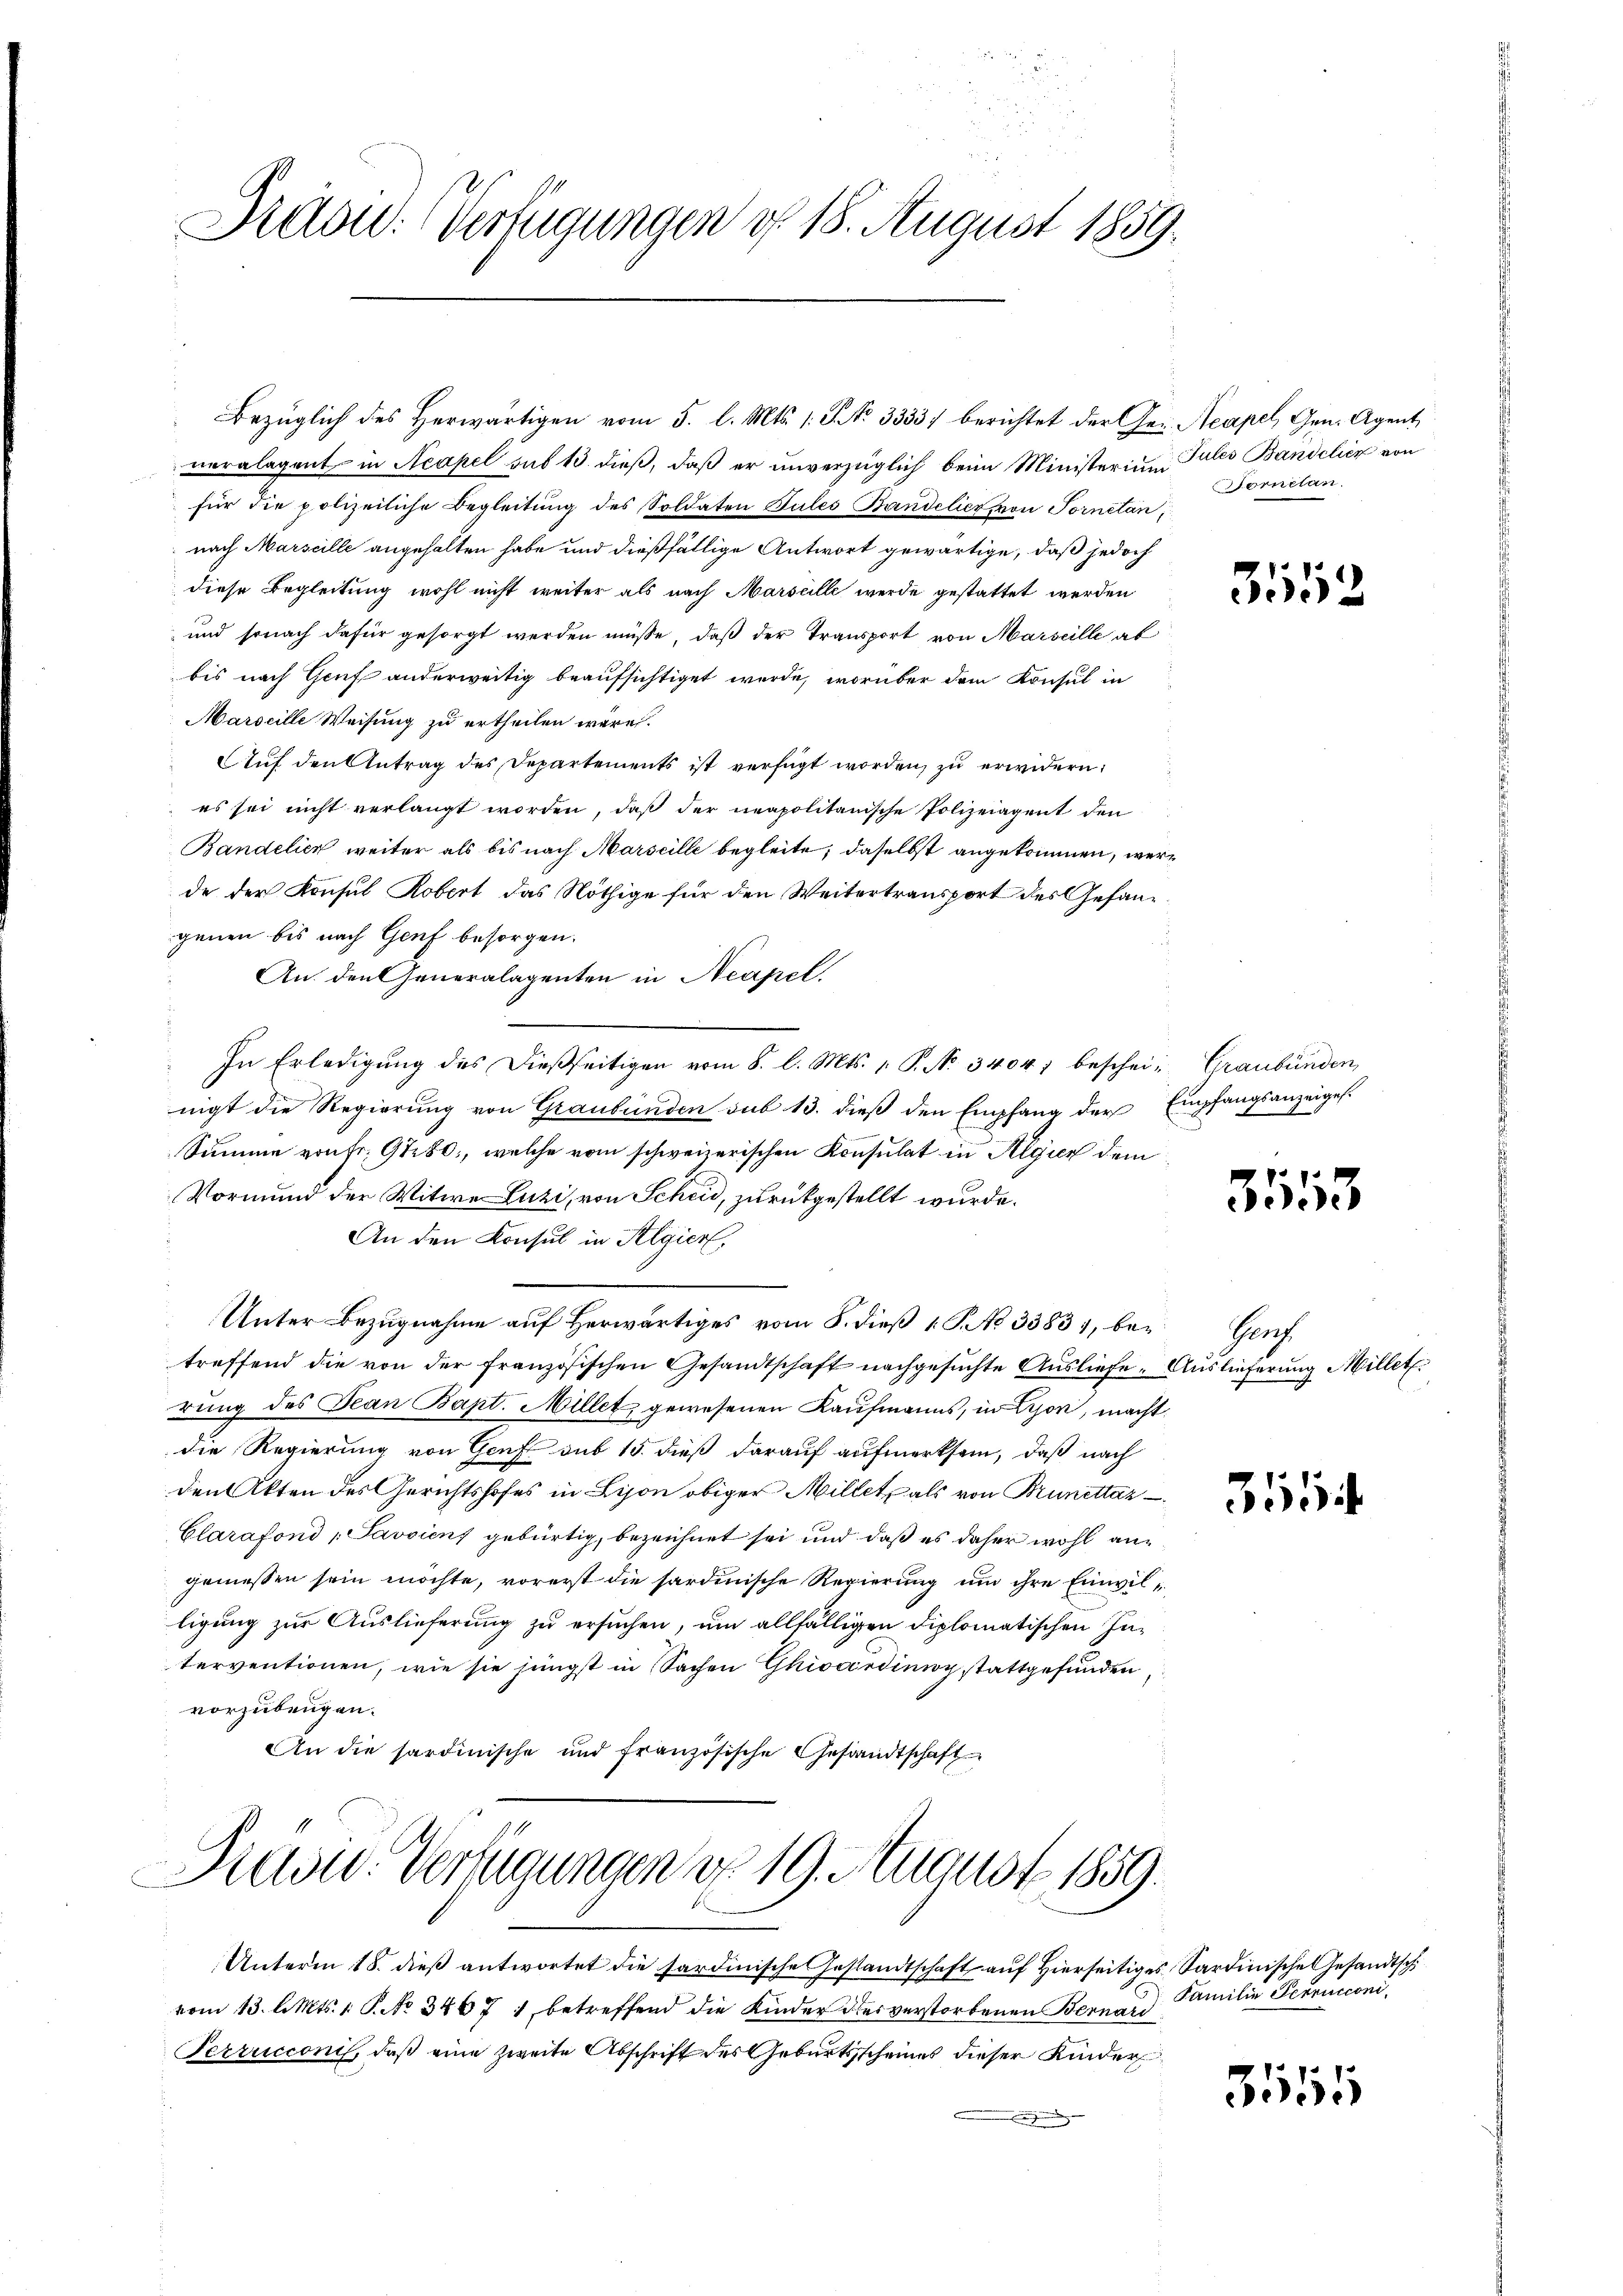
Rad: Verfügungen d. 18. August 1859.

veralagent in Neapel sub 15. dieß, daß er unverzüglich beim Ministerium Pules Bandelier von
für die polizeiliche Begleitŭng des Soldaten Pules Bandelict von Tornétan
nach Marscille angehalten habe und dießfällige Antwort gewärtige, daß jedoch
diese Begleitung wohl nicht weiter als nach Marseille werde gestattet werden
und sonach dafür gesorgt werden müsse, daß der Transport von Marseille ab
bis nach Genf anderweitig beaufsichtiget werde, worüber dem Konsul in
Marseille Weisung zu ertheilen wäre.
Auf den Antrag des Departements ist verfügt worden, zu erwidern.
es sei nicht verlangt worden, daß der neapolitanische Polizeiagent den
Bandelich weiter als bis nach Marseille begleite, daselbst angekommen, werde der Konsul Robert das Nöthige für den Weitertransport des Gesandgenen bis nach Genf besorgen.
An den Generalagenten in Neapel.
In Erledigŭng des dießseitigen vom 8. l. Mts. 1. P. No. 3404; beschei- Graubünden,
nigt die Regierung von Graubünden sub 13. dieß den Empfang der Empfangsanzeiges.
Summe von fr. 91280, welche vom schweizerischen Konsulat in Algien dem
Vormund der Witwe Luzi, von Scheid, zurückgestellt wurde.
An den Konsul in Algier
1
Unter Bezugnahme aŭf herwärtiges vom 5. dieβ 1 S. No 33831, bei Genf
treffend die von der französischen Gesandtschaft nachgesuchte Ausliefe. Auslieferung Millet.
rung des Jean Bapt. Millet, gewesenen Kaufmanns, in Lyon, macht.
die Regierung von Genf sub 15. dieß darauf aufmerksam, daß nach
den Akten des Gerichtshofes in Lison obiger Millet, als von Brunettaz
Clarafond "Savviens gebürtig, bezeichnet sei und daß es daher wohl ane
geniessen sein möchte, vorerst die sardinische Regierung um ihre Einwilligung zur Auslieferung zu ersuchen, um allfälligen diplomatischen Interventionen, wie sie jüngst in Sachen Ghiocerding stattgefunden
vorzubeugen.
An die sardinische und französische Gesandtschaft

Bezüglich des Herwärtigen vom 5. l. Mts. 1. P. No 3333. berichtet der Ge- Aeapel, Gen. Agent

d

Previd. Verfügungen d. 19. August 1859.

Unterm 18. dieß antwortet die sardinische Gestandtschaft auf Hierseitiges Sardinische Gesandtsch
vom 13. l. Mts. 1. P. No 34671 betreffend die Kinder dies verstorbenen Bernard
Perrucconi, daß eine zweite Abschrift des Geburtsscheines dieser Kinder

Somnelan

31152

3553

3

Familie Perrucconi,

3555